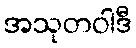
အသုတဝါဒီ